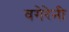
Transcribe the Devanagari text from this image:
वगेरेनी